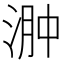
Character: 𣶴